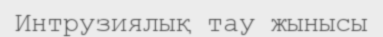
Интрузиялық тау жынысы